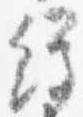
経